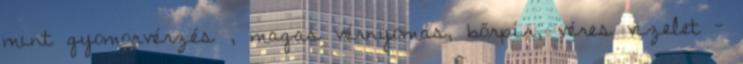
mint gyomorvérzés , magas vérnyomás, bőrpír, véres vizelet -